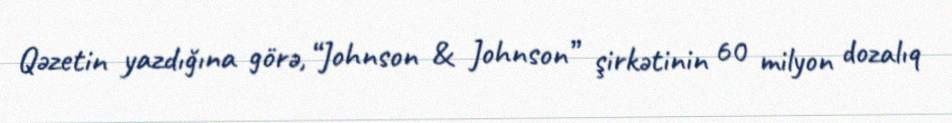
Qəzetin yazdığına görə, “Johnson & Johnson” şirkətinin 60 milyon dozalıq